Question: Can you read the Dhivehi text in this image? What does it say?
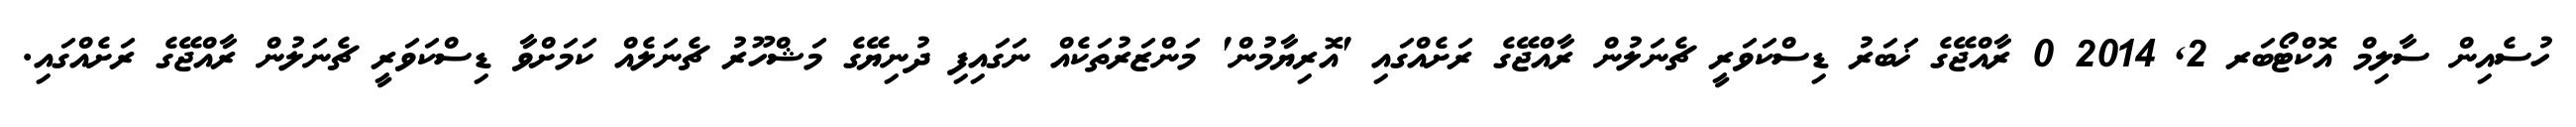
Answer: ހުސެއިން ސާލިމް އޮކްޓޯބަރ 2, 2014 0 ރާއްޖޭގެ ޚަބަރު ޑިސްކަވަރީ ޗެނަލުން ރާއްޖޭގެ ރަށެއްގައި 'އޮރިޔާމުން' މަންޒަރުތަކެއް ނަގައިފި ދުނިޔޭގެ މަޝްހޫރު ޗެނަލެއް ކަމަށްވާ ޑިސްކަވަރީ ޗެނަލުން ރާއްޖޭގެ ރަށެއްގައި.